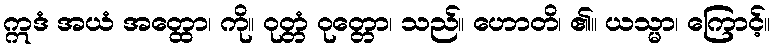
ဣဒံ အယံ အတ္ထော၊ ကို။ ဝုတ္တံ ဝုတ္တော၊ သည်။ ဟောတိ၊ ၏။ ယသ္မာ၊ ကြောင့်။